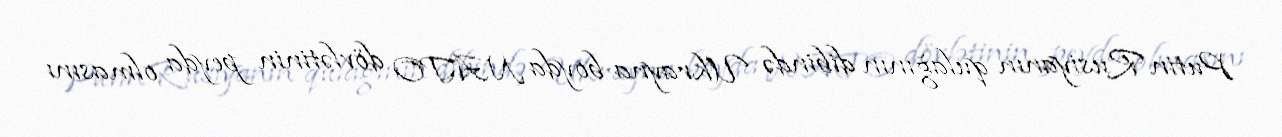
Putin Rusiyanın qulağının dibində Ukrayna boyda NATO dövlətinin peyda olmasını